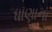
ધાણાના